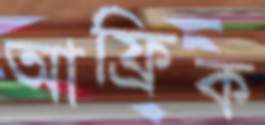
আফ্রিক